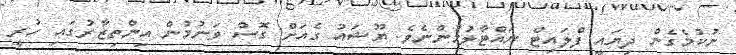
ނުކުމެގެން ދިޔައީ ފްލައިޓް ނައްޓާލުމުންނެވެ. ޔޫޝައު ގެއަށް ގޮސް ވަނުމުން އިންތިޒާރުގައި ހުރީ